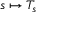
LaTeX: s \mapsto T _ { s }